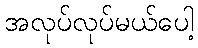
အလုပ်လုပ်မယ်ပေါ့